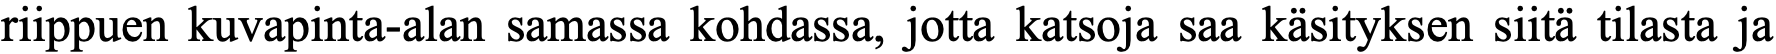
riippuen kuvapinta-alan samassa kohdassa, jotta katsoja saa käsityksen siitä tilasta ja